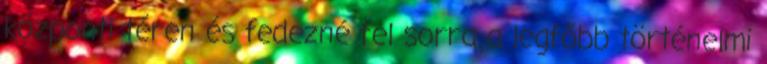
központi téren és fedezné fel sorra a legfőbb történelmi